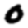
Digit: 0